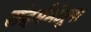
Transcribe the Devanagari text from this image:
संदर्भमंजूषा